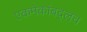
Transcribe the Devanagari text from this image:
एकमेकांबद्लच